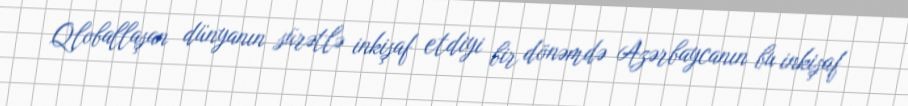
Qloballaşan dünyanın sürətlə inkişaf etdiyi bir dönəmdə Azərbaycanın bu inkişaf